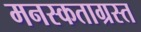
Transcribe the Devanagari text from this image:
मनस्कताग्रस्त